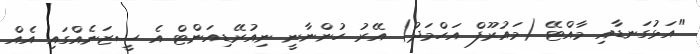
"އަޅުގަނޑާއި މާއްޓޭ (މައުރޫފް އަހްމަދު) އޭރު ހުންނާނީ ނިއުރޭޑިއަންޓް އެ ސީޒަނެއްގައި އެއް